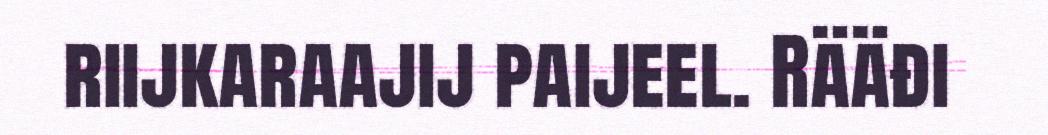
riijkaraajij paijeel. Rääđi